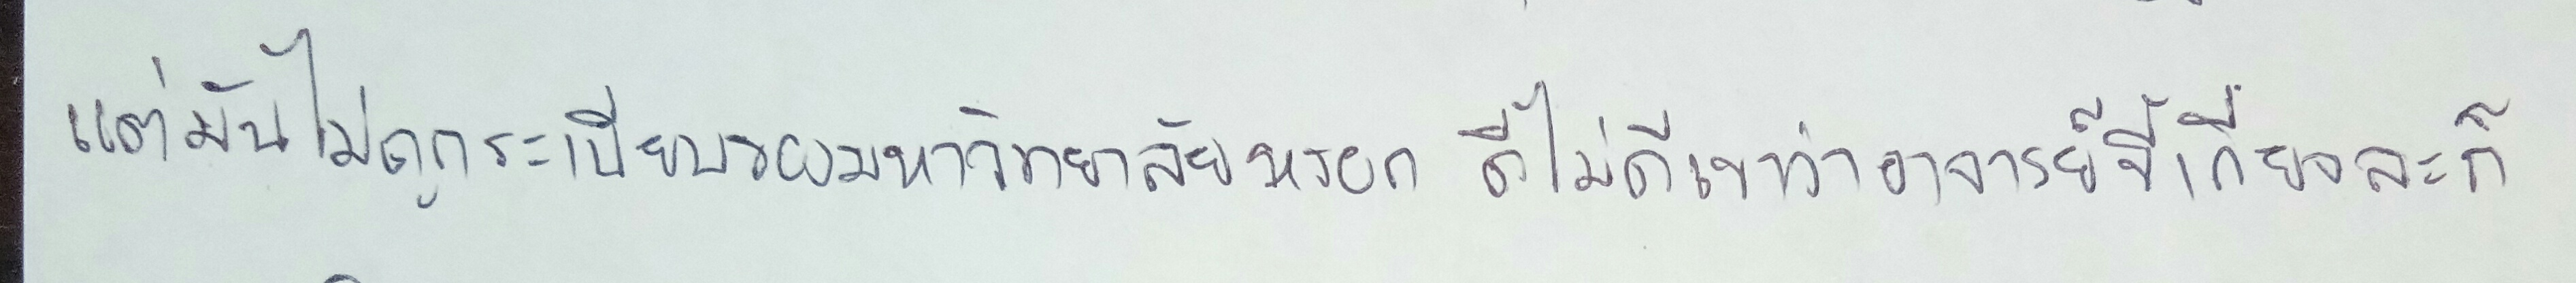
แต่มันไม่ถูกระเบียบของมหาวิทยาลัยหรอกดีไม่ดีเขาว่าอาจารย์ขี้เกียจละก็